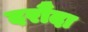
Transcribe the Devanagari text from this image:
दरौंदा